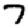
Digit: 7